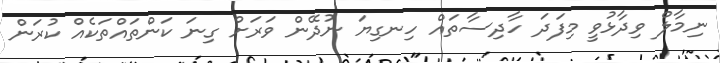
ނިމާލް ވިދާޅުވީ މިފަދަ ހާދިސާތައް ހިނގިޔަ ނުދޭން ވަރަށް ގިނަ ކަންތައްތަކެއް ކުރަން